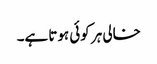
خالی ہر کوئی ہوتا ہے۔